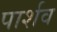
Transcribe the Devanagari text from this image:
पार्शव